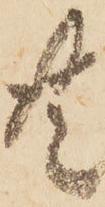
共